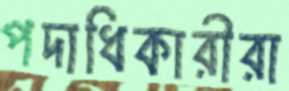
পদাধিকারীরা